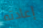
إعادته